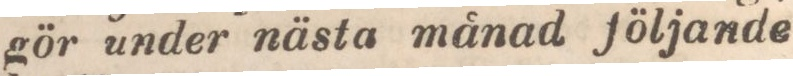
gör under nästa månad följande